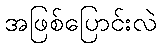
အဖြစ်ပြောင်းလဲ